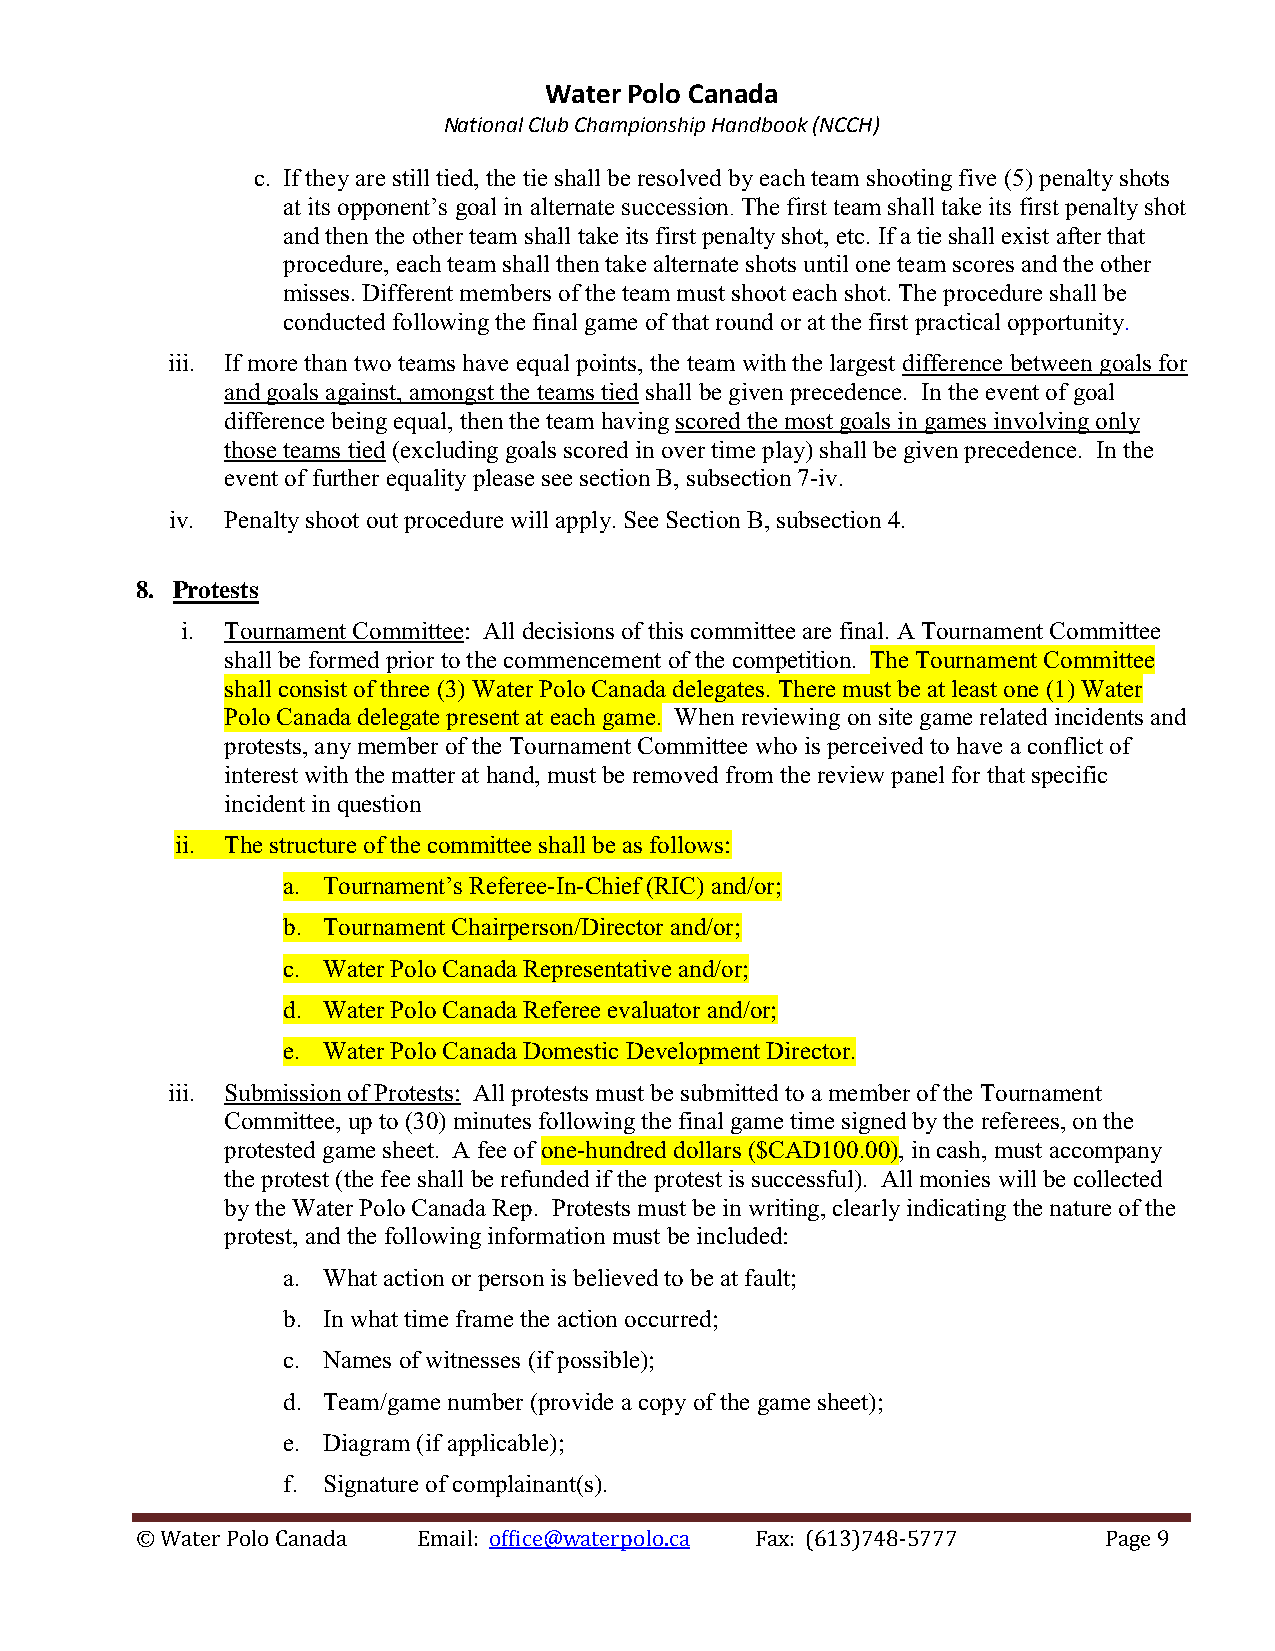
Water Polo Canada
 National Club Championship Handbook (NCCH)
 c. If they are still tied, the tie shall be resolved by each team shooting five (5) penalty shots
 at its opponent’s goal in alternate succession. The first team shall take its first penalty shot
 and then the other team shall take its first penalty shot, etc. If a tie shall exist after that
 procedure, each team shall then take alternate shots until one team scores and the other
 misses. Different members of the team must shoot each shot. The procedure shall be
 conducted following the final game of that round or at the first practical opportunity.
 iii. If more than two teams have equal points, the team with the largest difference between goals for
 and goals against, amongst the teams tied shall be given precedence. In the event of goal
 difference being equal, then the team having scored the most goals in games involving only
 those teams tied (excluding goals scored in over time play) shall be given precedence. In the
 event of further equality please see section B, subsection 7-iv.
 iv. Penalty shoot out procedure will apply. See Section B, subsection 4.
 8. Protests
 i. Tournament Committee: All decisions of this committee are final. A Tournament Committee
 shall be formed prior to the commencement of the competition. The Tournament Committee
 shall consist of three (3) Water Polo Canada delegates. There must be at least one (1) Water
 Polo Canada delegate present at each game. When reviewing on site game related incidents and
 protests, any member of the Tournament Committee who is perceived to have a conflict of
 interest with the matter at hand, must be removed from the review panel for that specific
 incident in question
 ii. The structure of the committee shall be as follows:
 a. Tournament’s Referee-In-Chief (RIC) and/or;
 b. Tournament Chairperson/Director and/or;
 c. Water Polo Canada Representative and/or;
 d. Water Polo Canada Referee evaluator and/or;
 e. Water Polo Canada Domestic Development Director.
 iii. Submission of Protests: All protests must be submitted to a member of the Tournament
 Committee, up to (30) minutes following the final game time signed by the referees, on the
 protested game sheet. A fee of one-hundred dollars ($CAD100.00), in cash, must accompany
 the protest (the fee shall be refunded if the protest is successful). All monies will be collected
 by the Water Polo Canada Rep. Protests must be in writing, clearly indicating the nature of the
 protest, and the following information must be included:
 a. What action or person is believed to be at fault;
 b. In what time frame the action occurred;
 c. Names of witnesses (if possible);
 d. Team/game number (provide a copy of the game sheet);
 e. Diagram (if applicable);
 f. Signature of complainant(s).
 © Water Polo Canada Email: office@waterpolo.ca Fax: (613)748-5777 Page 9